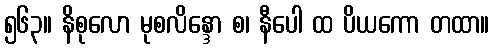
၅၆၃။ နိစုလော မုစလိန္ဒော စ၊ နီပေါ ထ ပိယကော တထာ။